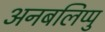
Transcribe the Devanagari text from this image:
अनबलिप्पु